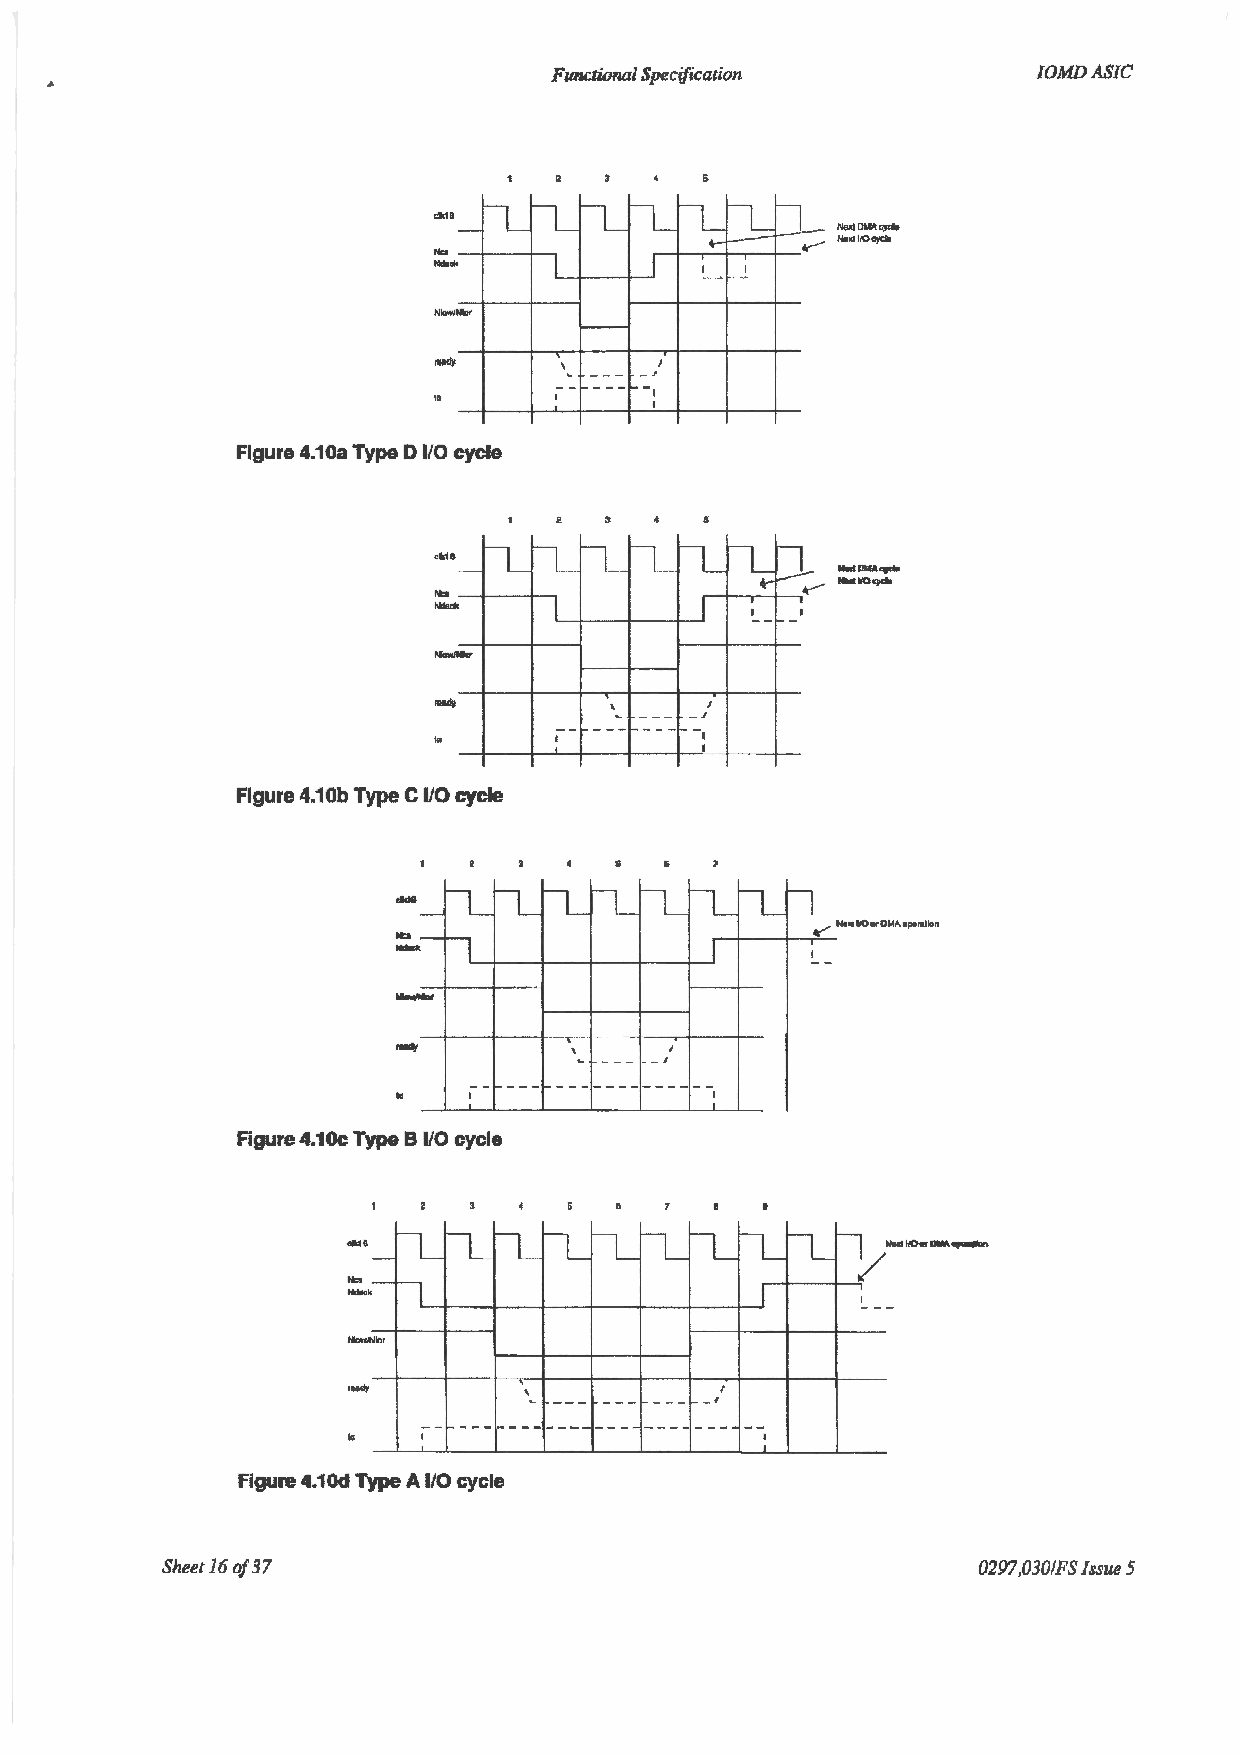
Furn;tion.al Specification      JOMDASIC
 cldO
 ......... ..- +---+--.
 --
 I
 Figure 4.10a TypeD 1/0 cycle
 n._ n.:
 ,.,. n_ ILn _n _      D-
 -
 I        I
 -                    I- ---I
 I
 ,,      --
 --'
 ~-
 - -- -- --_-JI
 I        I
 I
 Figure 4.10b Type C 110 cycle
 .....
 _J
 -- --- -------------
 k    I               I
 Figure 4.10c Type B 110 cycle
 -· n_     n_
 IL     IL lLI L lLl  LI L
 ~
 -
 - h
 k                         I
 -                                 I- -
 ~.
 ·-
 ' --- --- --- -' '
 -- --- ---~ ... _...__ ----.... ------ --
 Ia   I                      I
 Figure 4.10d Type A 1/0 cycle
 Sheet 16 of 37                                        0297,030/FS Issue 5